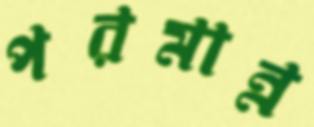
পরমান্ন